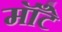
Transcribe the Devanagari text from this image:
मॉँटे